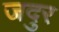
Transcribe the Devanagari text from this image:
जदुर